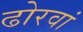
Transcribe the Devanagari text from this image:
ढोरवां